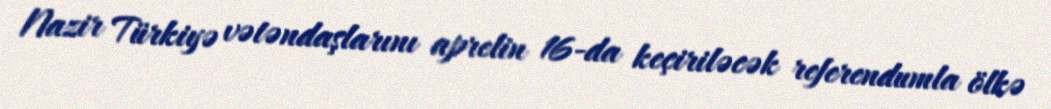
Nazir Türkiyə vətəndaşlarını aprelin 16-da keçiriləcək referendumla ölkə